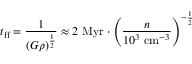
t _ { \mathrm { { f f } } } = { \frac { 1 } { ( G \rho ) ^ { \frac { 1 } { 2 } } } } \approx 2 { \mathrm { ~ M y r } } \cdot \left( { \frac { n } { 1 0 ^ { 3 } { \mathrm { ~ c m } } ^ { - 3 } } } \right) ^ { - { \frac { 1 } { 2 } } }